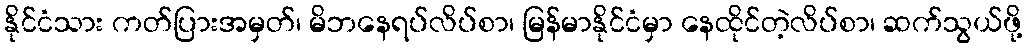
နိုင်ငံသား ကတ်ပြားအမှတ်၊ မိဘနေရပ်လိပ်စာ၊ မြန်မာနိုင်ငံမှာ နေထိုင်တဲ့လိပ်စာ၊ ဆက်သွယ်ဖို့